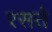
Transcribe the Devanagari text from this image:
रसते